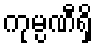
ကုမ္ပဏီရှိ